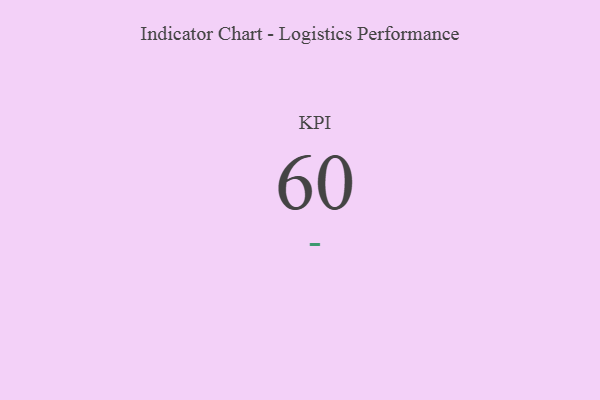
{"axis": {"x": "KPI", "y": "Value"}, "legend": [""], "data": [{"x": "KPI", "y": 60, "type": ""}]}